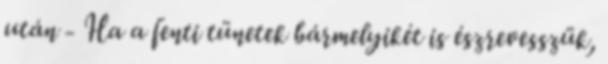
után - Ha a fenti tünetek bármelyikét is észrevesszük,